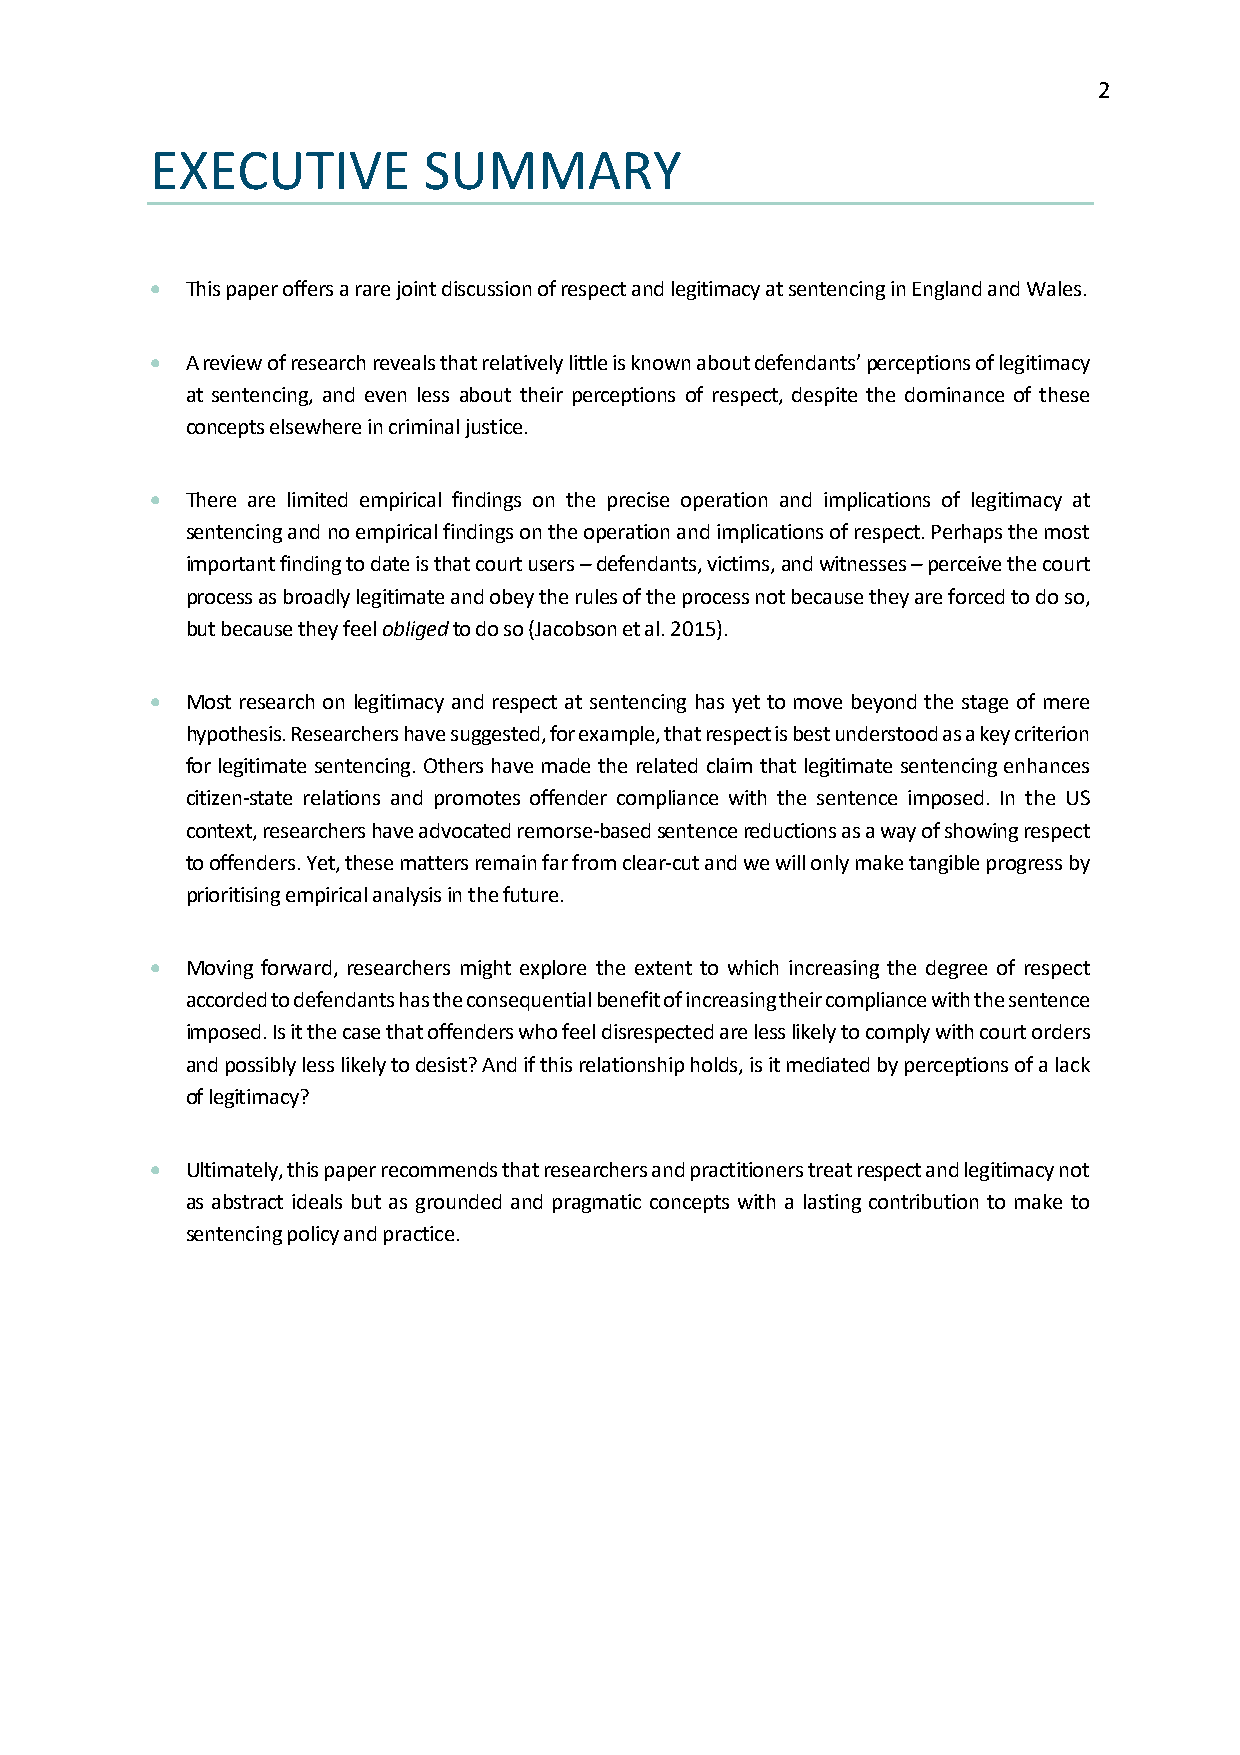
2
 EXECUTIVE         SUMMARY
 • This paper offers a rare joint discussion of respect and legitimacy at sentencing in England and Wales.
 • A review of research reveals that relatively little is known about defendants’ perceptions of legitimacy
 at sentencing, and even less about their perceptions of respect, despite the dominance of these
 concepts elsewhere in criminal justice.
 • There are limited empirical findings on the precise operation and implications of legitimacy at
 sentencing and no empirical findings on the operation and implications of respect. Perhaps the most
 important finding to date is that court users – defendants, victims, and witnesses – perceive the court
 process as broadly legitimate and obey the rules of the process not because they are forced to do so,
 but because they feel obliged to do so (Jacobson et al. 2015).
 • Most research on legitimacy and respect at sentencing has yet to move beyond the stage of mere
 hypothesis. Researchers have suggested, for example, that respect is best understood as a key criterion
 for legitimate sentencing. Others have made the related claim that legitimate sentencing enhances
 citizen-state relations and promotes offender compliance with the sentence imposed. In the US
 context, researchers have advocated remorse-based sentence reductions as a way of showing respect
 to offenders. Yet, these matters remain far from clear-cut and we will only make tangible progress by
 prioritising empirical analysis in the future.
 • Moving forward, researchers might explore the extent to which increasing the degree of respect
 accorded to defendants has the consequential benefit of increasing their compliance with the sentence
 imposed. Is it the case that offenders who feel disrespected are less likely to comply with court orders
 and possibly less likely to desist? And if this relationship holds, is it mediated by perceptions of a lack
 of legitimacy?
 • Ultimately, this paper recommends that researchers and practitioners treat respect and legitimacy not
 as abstract ideals but as grounded and pragmatic concepts with a lasting contribution to make to
 sentencing policy and practice.